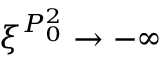
\xi ^ { P _ { 0 } ^ { 2 } } \to - \infty